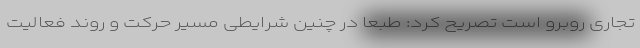
تجاری روبرو است تصریح کرد: طبعا در چنین شرایطی مسیر حرکت و روند فعالیت